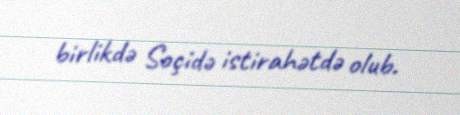
birlikdə Soçidə istirahətdə olub.